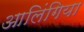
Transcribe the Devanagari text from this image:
आलिंगिया